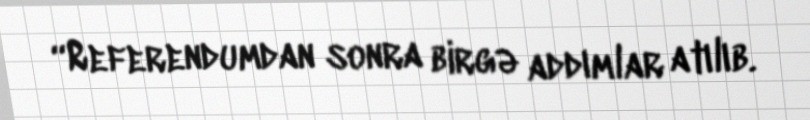
“Referendumdan sonra birgə addımlar atılıb.